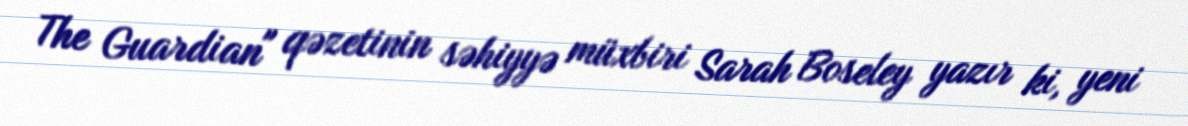
The Guardian" qəzetinin səhiyyə müxbiri Sarah Boseley yazır ki, yeni